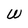
Character: W